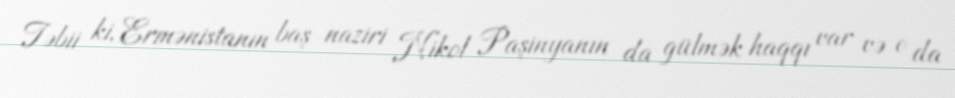
Təbii ki, Ermənistanın baş naziri Nikol Paşinyanın da gülmək haqqı var və o da